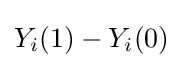
Y_{i}(1)-Y_{i}(0)